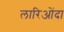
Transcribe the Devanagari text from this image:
लारिओंदा